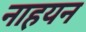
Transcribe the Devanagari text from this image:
नाहयन